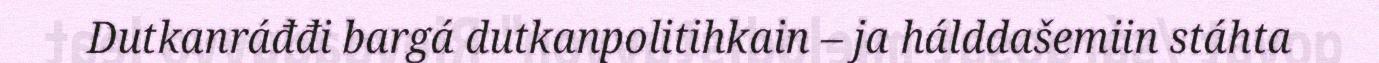
Dutkanráđđi bargá dutkanpolitihkain – ja hálddašemiin stáhta